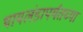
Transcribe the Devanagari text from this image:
थायलंडापर्यंतच्या